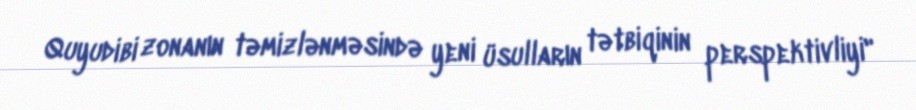
Quyudibi zonanın təmizlənməsində yeni üsulların tətbiqinin perspektivliyi"